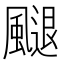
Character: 𩘩